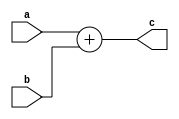
`timescale 1ns / 1ps

module add_64(    input [63:0] a, 
				  input [63:0] b, 
				  output[63:0] c
    );
    assign c = a + b;
endmodule